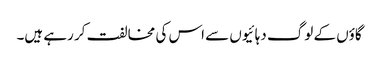
گاؤں کے لوگ دہائیوں سے اس کی مخالفت کر رہے ہیں۔